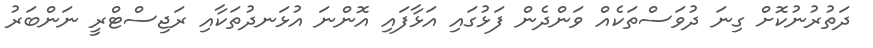
ދަތުރުނުކޮށް ގިނަ ދުވަސްތަކެއް ވަންދެން ފަޅުގައި އަޅާފައި އޮންނަ އުޅަނދުތަކާއި ރަޖިސްޓްރީ ނަންބަރު